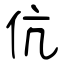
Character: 伉